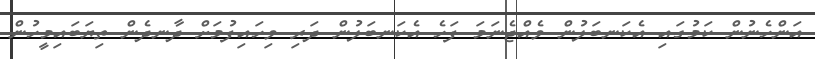
އަންހެނުން ކަމުގައި އެކަނބަލުން ވެއްޖެނަމަ ފަހެ އެކަނބަލުން ދަރި ވިހައިފުމަށް ދާނދެން ތިޔަބައިމީހުން